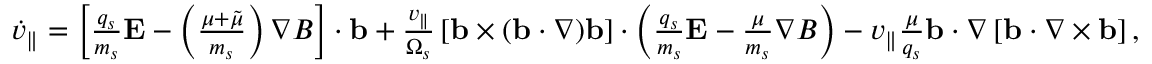
\begin{array} { r } { { \dot { v } _ { \parallel } } = \left[ \frac { q _ { s } } { m _ { s } } \mathbf { E } - \left( \frac { \mu + \tilde { \mu } } { m _ { s } } \right) \nabla B \right] \cdot \mathbf { b } + \frac { v _ { \parallel } } { \Omega _ { s } } \left[ \mathbf { b } \times ( \mathbf { b } \cdot \nabla ) \mathbf { b } \right] \cdot \left( \frac { q _ { s } } { m _ { s } } \mathbf { E } - \frac { \mu } { m _ { s } } \nabla B \right) - v _ { \parallel } \frac { \mu } { q _ { s } } \mathbf { b } \cdot \nabla \left[ \mathbf { b } \cdot \nabla \times \mathbf { b } \right] , } \end{array}